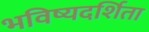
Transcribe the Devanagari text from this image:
भविष्यदर्शिता